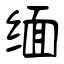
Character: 缅